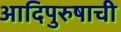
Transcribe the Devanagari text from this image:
आदिपुरुषाची